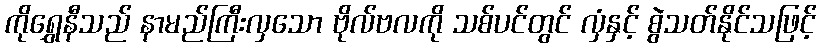
ကိုရွှေနီသည် နာမည်ကြီးလှသော ဗိုလ်ဗလကို သစ်ပင်တွင် လှံနှင့် စွဲသတ်နိုင်သဖြင့်